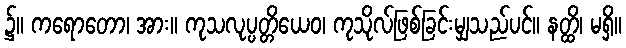
၌။ ကရောတော၊ အား။ ကုသလုပ္ပတ္တိယေဝ၊ ကုသိုလ်ဖြစ်ခြင်းမျှသည်ပင်။ နတ္ထိ၊ မရှိ။